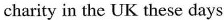
charity in the UK these days